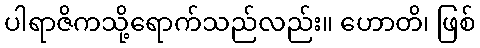
ပါရာဇိကသို့ရောက်သည်လည်း။ ဟောတိ၊ ဖြစ်